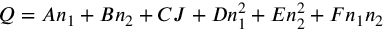
Q = A n _ { 1 } + B n _ { 2 } + C J + D n _ { 1 } ^ { 2 } + E n _ { 2 } ^ { 2 } + F n _ { 1 } n _ { 2 }